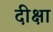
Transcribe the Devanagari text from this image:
दीक्षा